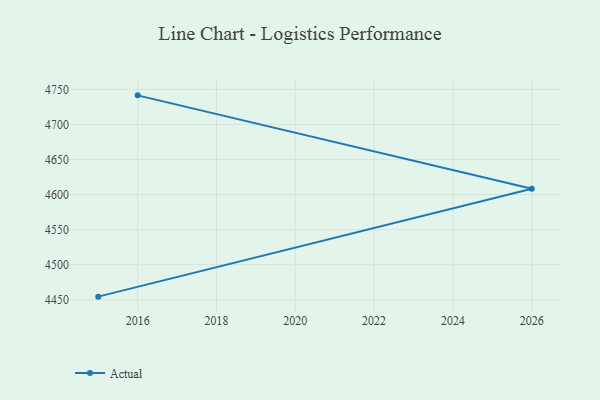
{"axis": {"x": "Year", "y": "Waste Production (Tons)"}, "legend": ["Actual"], "data": [{"x": "2016", "y": 4741.5, "type": "Actual"}, {"x": "2026", "y": 4608.4, "type": "Actual"}, {"x": "2015", "y": 4454.4, "type": "Actual"}]}